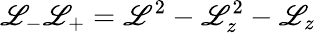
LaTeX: \mathscr{L}_{-}\mathscr{L}_{+}=\mathbf{{\mathscr{L}}}^{2}-\mathscr{L}_{z}^{2}-\mathscr{L}_{z}